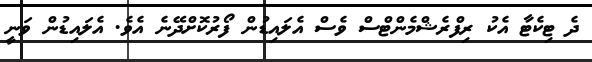
ދެ ޓިކެޓާ އެކު ރިފްރެޝްމެންޓްސް ވެސް އެލައިޑުން ފޯރުކޮށްދޭނެ އެވެ. އެލައިޑުން ވަނީ